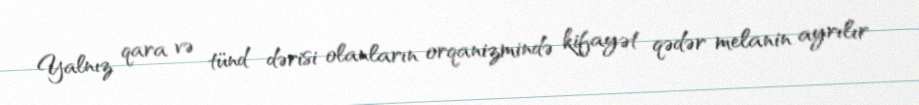
Yalnız qara və tünd dərisi olanların orqanizmində kifayət qədər melanin ayrılır